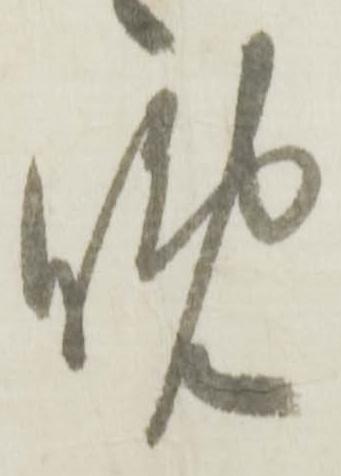
晩